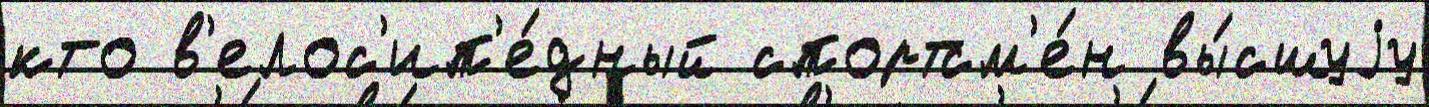
кто в'елос'ип'е́дный спортсм'е́н вы́сшуjу